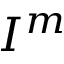
I ^ { m }